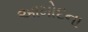
આમોદના